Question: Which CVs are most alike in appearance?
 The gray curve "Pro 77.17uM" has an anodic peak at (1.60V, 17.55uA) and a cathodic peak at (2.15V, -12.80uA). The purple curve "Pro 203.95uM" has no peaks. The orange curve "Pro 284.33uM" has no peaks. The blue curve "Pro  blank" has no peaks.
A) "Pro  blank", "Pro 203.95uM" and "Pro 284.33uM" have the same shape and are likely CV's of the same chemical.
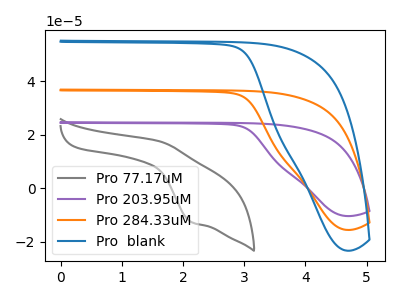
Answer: <think>"Pro 77.17uM" and "Pro 203.95uM" have a different number of peaks. "Pro 77.17uM" and "Pro 284.33uM" have a different number of peaks. "Pro 77.17uM" and "Pro  blank" have a different number of peaks. Neither "Pro 203.95uM" or "Pro 284.33uM" have any peaks. Neither "Pro 203.95uM" or "Pro  blank" have any peaks. Neither "Pro 284.33uM" or "Pro  blank" have any peaks.
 </think>
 <answer>A) "Pro  blank", "Pro 203.95uM" and "Pro 284.33uM" have the same shape and are likely CV's of the same chemical.</answer>
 <eval>A</eval>